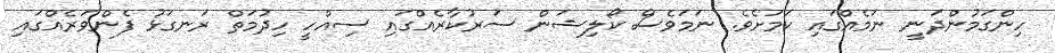
ހިންގަމުންދަނީ ނަމެއްގައި ކަމަށެވެ. ނަމަވެސް ކޯލިޝަން ސަރުކާރެއްގައި ސިއްހީ ހިދުމަތް ރަނގަޅު ފެންވަރެއްގައި